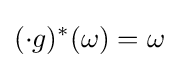
(\cdot g)^{*}(\omega )=\omega